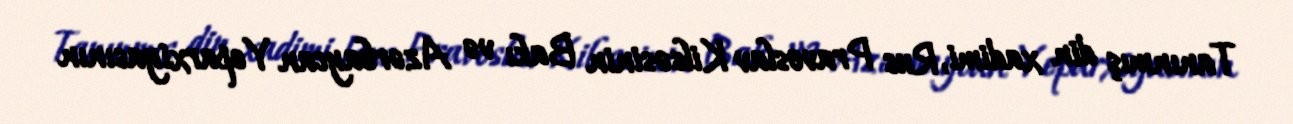
Tanınmış din xadimi, Rus Pravoslav Kilsəsinin Bakı və Azərbaycan Yeparxiyasının